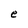
Character: e